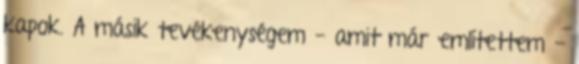
kapok. A másik tevékenységem - amit már említettem -